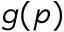
g ( p )